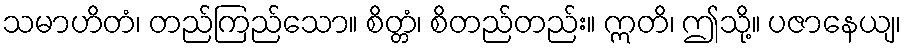
သမာဟိတံ၊ တည်ကြည်သော။ စိတ္တံ၊ စိတည်တည်း။ ဣတိ၊ ဤသို့။ ပဇာနေယျ၊